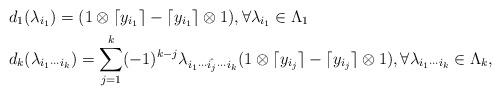
LaTeX: \begin{align*}&d_1(\lambda_{i_1})= (1\otimes \lceil y_{i_1}\rceil-\lceil y_{i_1}\rceil\otimes 1), \forall \lambda_{i_1}\in \Lambda_1 \\&d_k(\lambda_{i_1\cdots i_k})=\sum\limits_{j=1}^k(-1)^{k-j}\lambda_{i_1\cdots \hat{i_j}\cdots i_k} (1\otimes \lceil y_{i_j}\rceil-\lceil y_{i_j}\rceil\otimes 1), \forall \lambda_{i_1\cdots i_k} \in \Lambda_k,\end{align*}